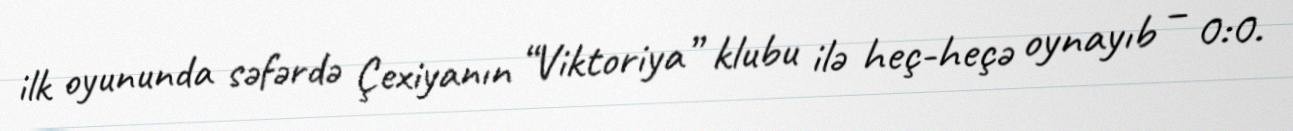
ilk oyununda səfərdə Çexiyanın “Viktoriya” klubu ilə heç-heçə oynayıb – 0:0.